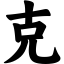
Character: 克